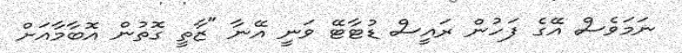
ނަމަވެސް އޭގެ ފަހުން ރައީސް ޑުޓާޓޭ ވަނީ އޭނާ "ޒާތީ ގޮތުން އޮބާމާއަށް